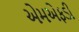
એમએફડી